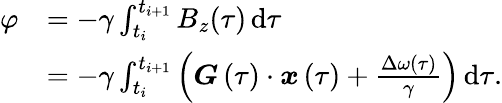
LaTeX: \begin{array}{rl}{\varphi}&{=-\gamma\int_{t_{i}}^{t_{i+1}}B_{z}(\tau)\, \mathrm{d}\tau}\\ &{=-\gamma\int_{t_{i}}^{t_{i+1}}\left(\boldsymbol{G}\left(\tau\right)\cdot\boldsymbol{x}\left(\tau\right)+\frac{\Delta\omega(\tau)}{\gamma}\right)\, \mathrm{d}\tau.}\end{array}